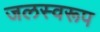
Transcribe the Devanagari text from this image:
जलस्वरूप